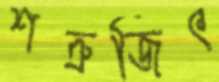
শত্রুজিৎ